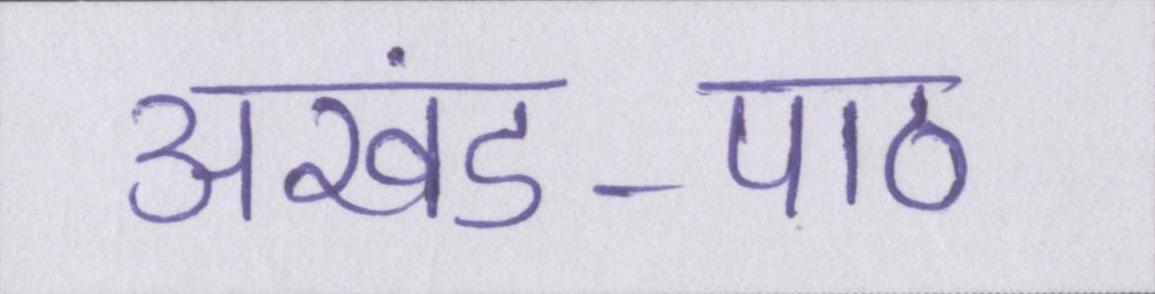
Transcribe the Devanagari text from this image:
अखंड-पाठ